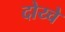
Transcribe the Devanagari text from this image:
दोय्चे